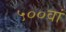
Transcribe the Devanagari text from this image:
५००वां